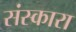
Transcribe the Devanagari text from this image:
संस्कारा